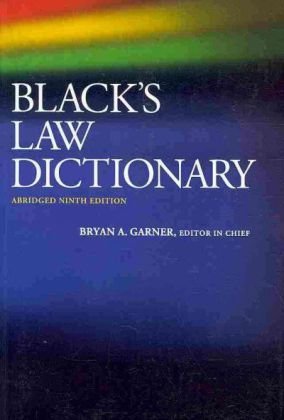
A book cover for Black's Law Dictionary, Abridged, 9th; Bryan A. Garner; Law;